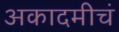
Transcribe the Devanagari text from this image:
अकादमीचं